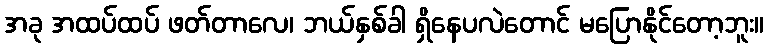
အခု အထပ်ထပ် ဖတ်တာလေ၊ ဘယ်နှစ်ခါ ရှိနေပလဲတောင် မပြောနိုင်တော့ဘူး။